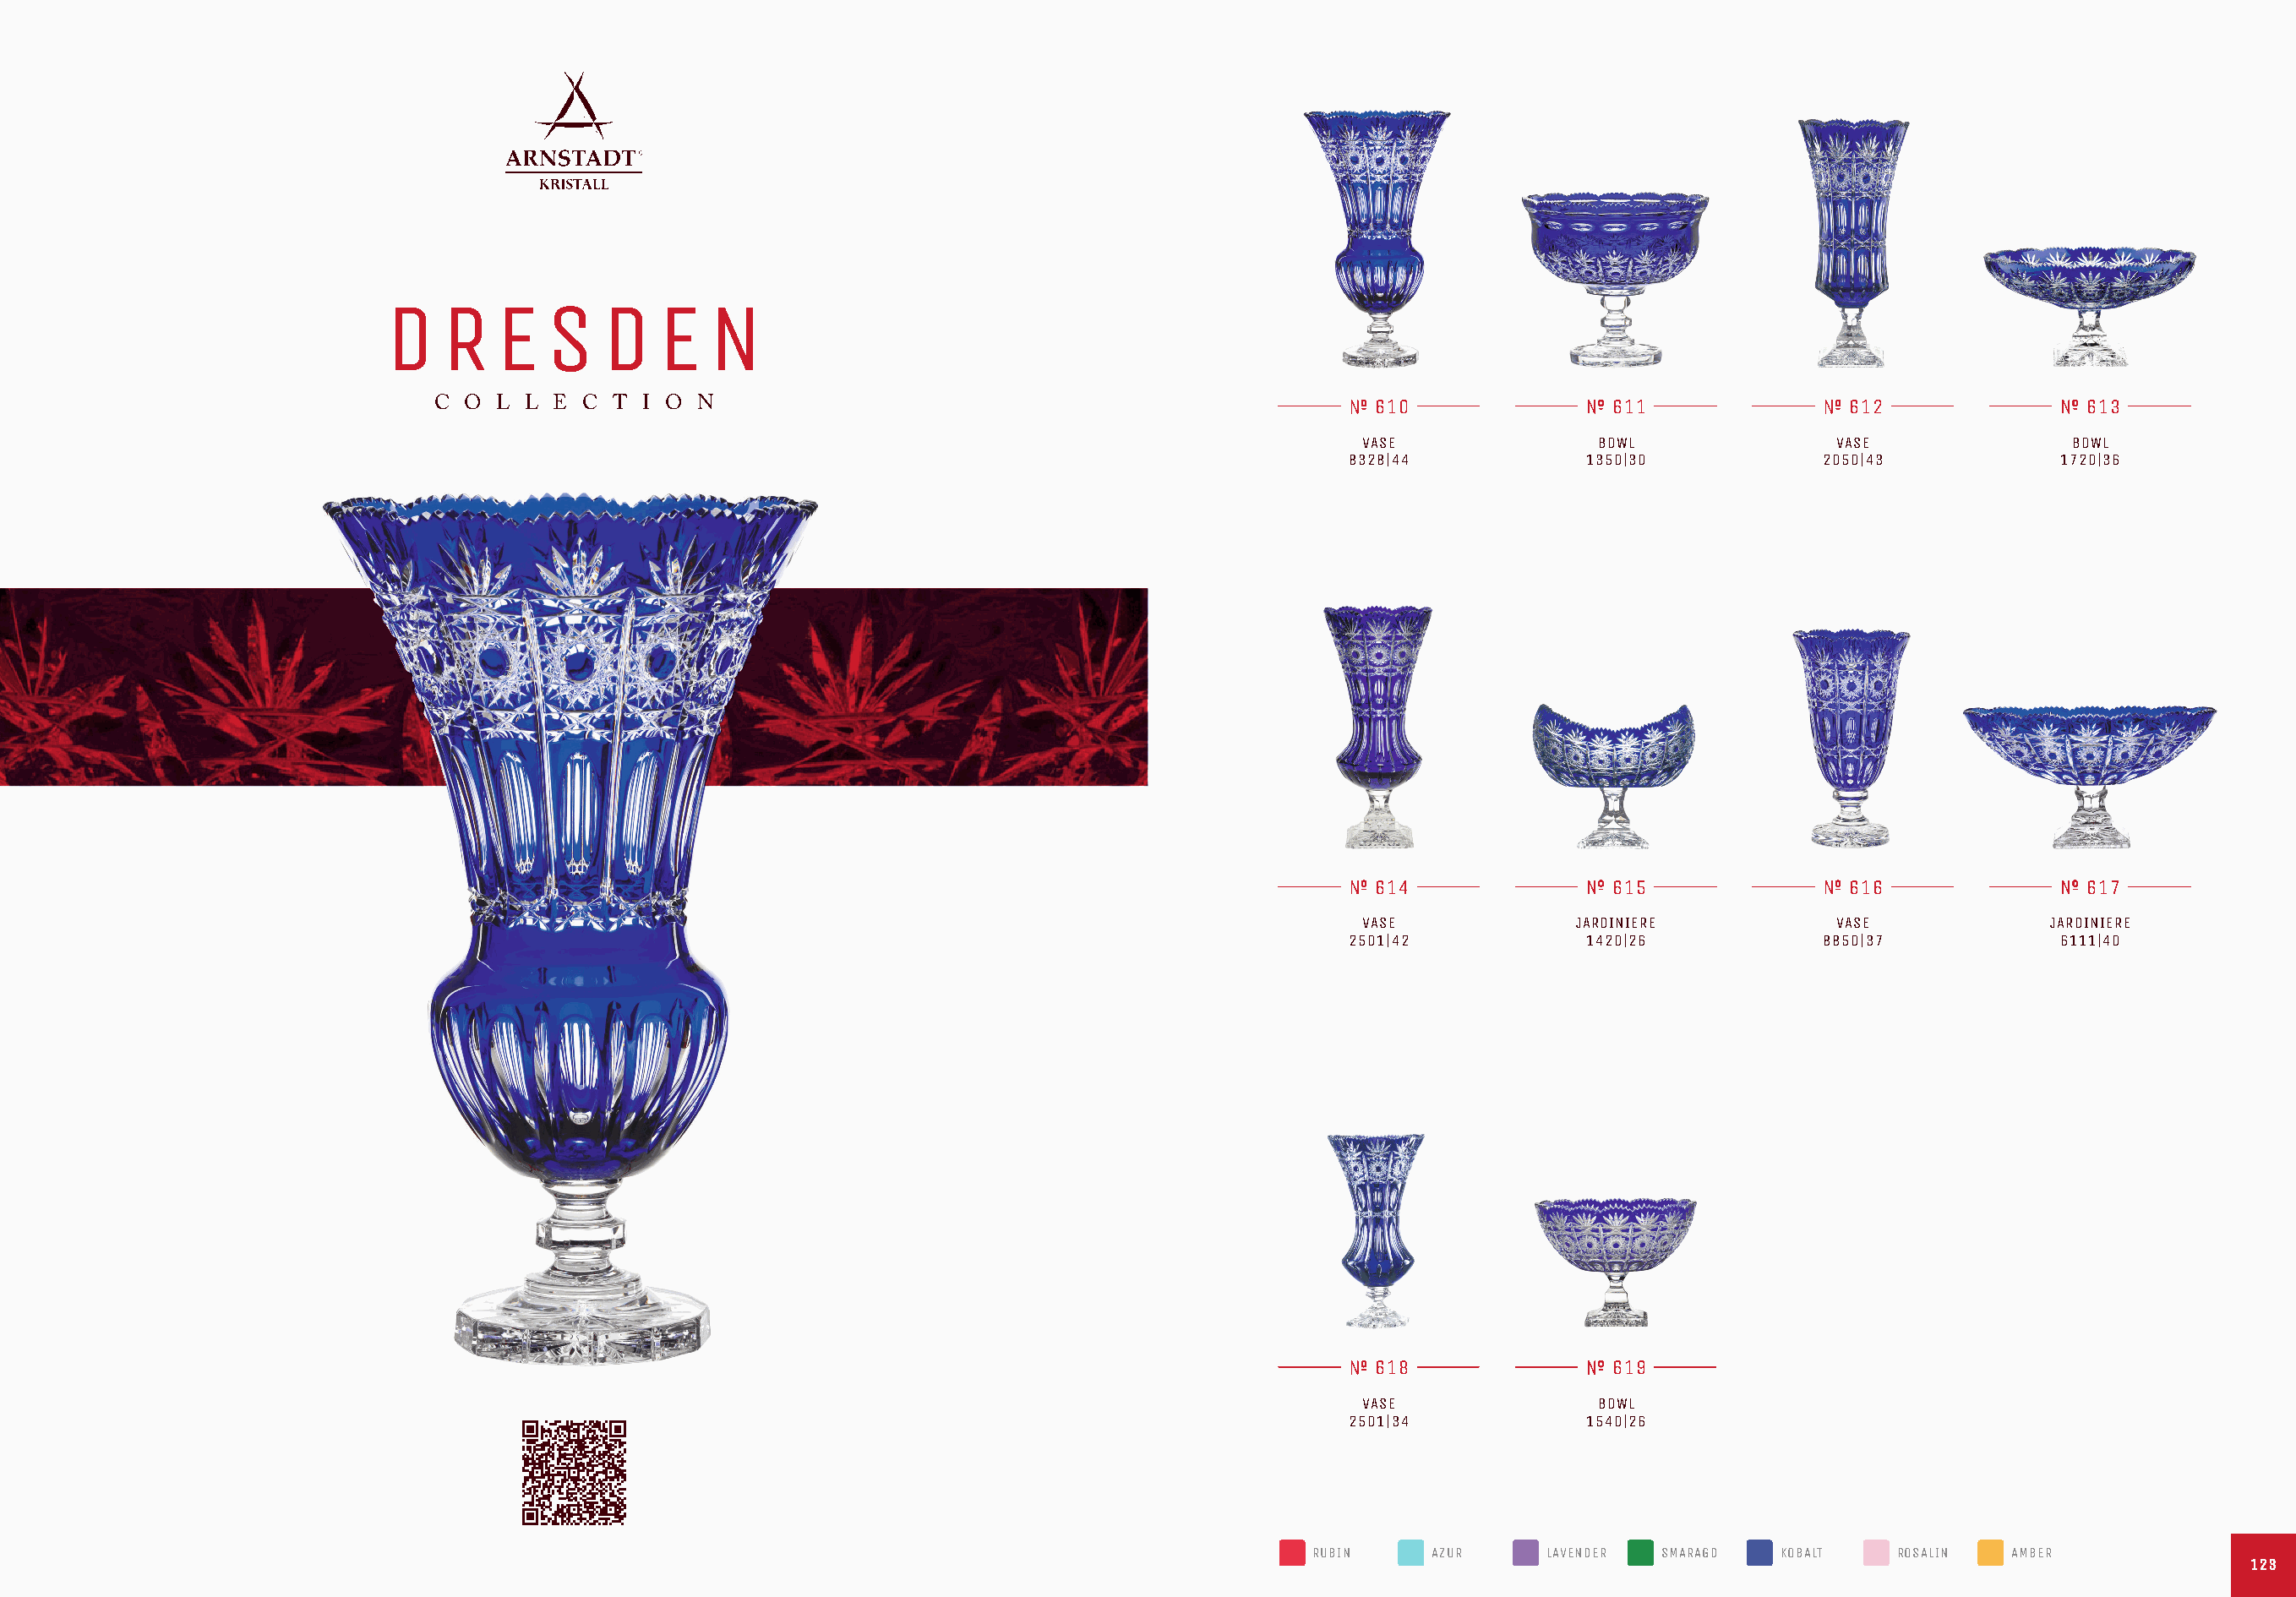
D    R   E   S   D    E  N
 C O  L L E  C T I O  N                                                    610               611                612               613
 VASE              BOWL               VASE              BOWL
 8328|44           1350|30            2050|43           1720|36
 614               615                616               617
 VASE            JARDINIERE           VASE             JARDINIERE
 2501|42           1420|26            8850|37           6111|40
 618               619
 VASE              BOWL
 2501|34           1540|26
 RUBIN    AZUR     LAVENDER SMARAGD  KOBALT    ROSALIN  AMBER
 112233